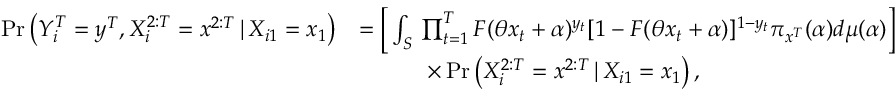
\begin{array} { r l } { \operatorname* { P r } \left( Y _ { i } ^ { T } = y ^ { T } , X _ { i } ^ { 2 : T } = x ^ { 2 : T } \, | \, X _ { i 1 } = x _ { 1 } \right) } & { = \bigg [ \int _ { { \cal { S } } } \, \prod _ { t = 1 } ^ { T } F ( \theta x _ { t } + \alpha ) ^ { y _ { t } } [ 1 - F ( \theta x _ { t } + \alpha ) ] ^ { 1 - y _ { t } } \pi _ { x ^ { T } } ( \alpha ) d \mu ( \alpha ) \bigg ] } \\ & { \quad \quad \quad \times \operatorname* { P r } \left( X _ { i } ^ { 2 : T } = x ^ { 2 : T } \, | \, X _ { i 1 } = x _ { 1 } \right) , } \end{array}